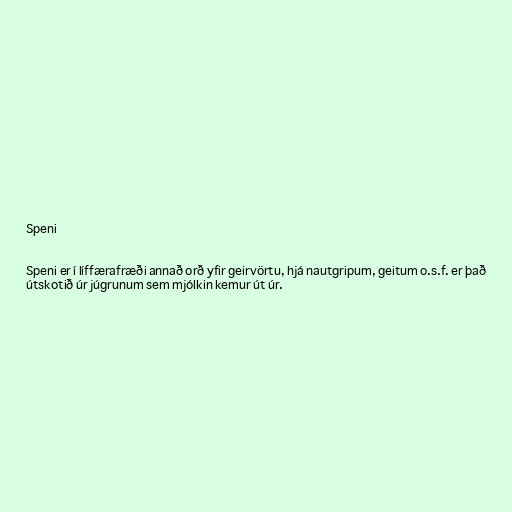
Speni

Speni er í líffærafræði annað orð yfir geirvörtu, hjá nautgripum, geitum o.s.f. er það
útskotið úr júgrunum sem mjólkin kemur út úr.